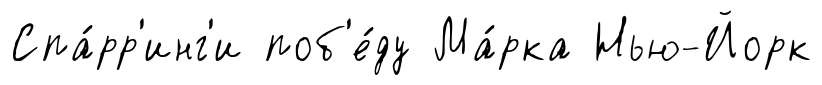
Спа́рр'инг'и поб'е́ду Ма́рка Нью-Йорк